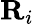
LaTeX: \textbf{R}_{i}